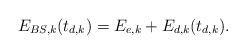
LaTeX: \begin{align*}E_{BS,k}(t_{d,k}) = E_{e,k} + E_{d,k}(t_{d,k}).\end{align*}